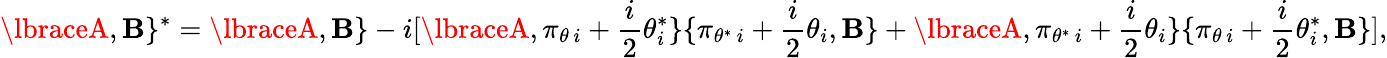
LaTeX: \lbraceA,\mathbf{B}\rbrace{}^{*}=\lbraceA,\mathbf{B}\rbrace-i[\lbraceA,\pi_{\theta\, i}+{\frac{{i}}{{2}}}\theta_{i}^{*}\rbrace\lbrace\pi_{\theta^{*}\, i}+{\frac{{i}}{{2}}}\theta_{i},\mathbf{B}\rbrace+\lbraceA,\pi_{\theta^{*}\, i}+{\frac{{i}}{{2}}}\theta_{i}\rbrace\lbrace\pi_{\theta\, i}+{\frac{{i}}{{2}}}\theta_{i}^{*},\mathbf{B}\rbrace],